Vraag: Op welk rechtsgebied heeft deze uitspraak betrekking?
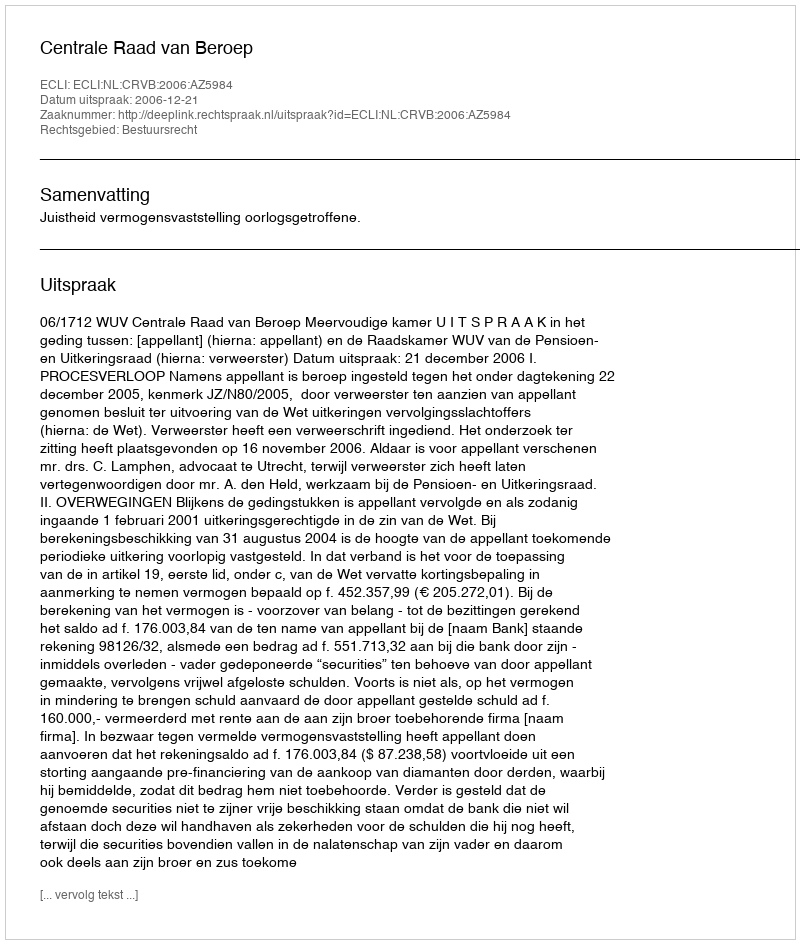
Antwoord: Bestuursrecht